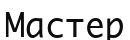
Мастер